Leaving Certificate Examination, 1908
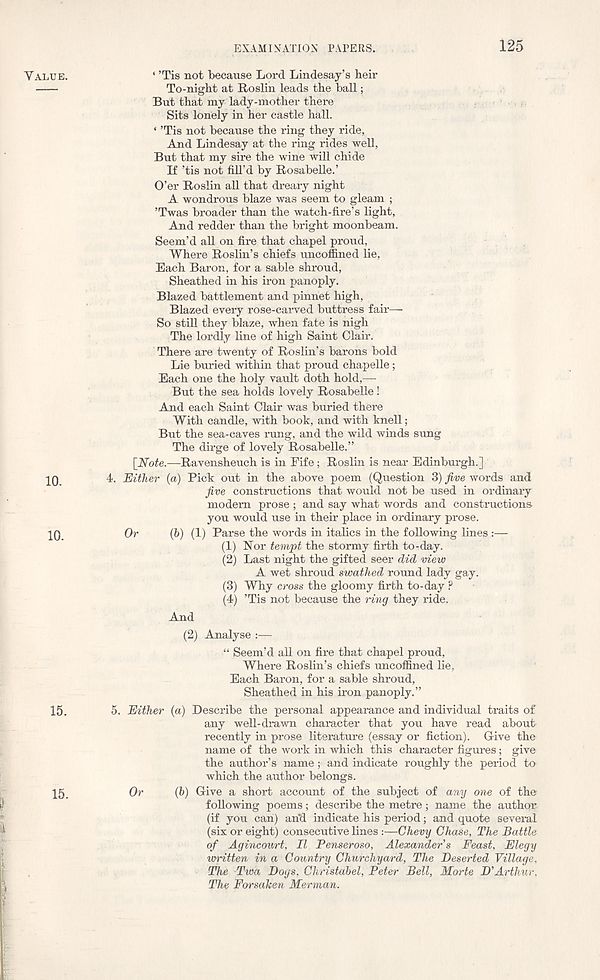
EXAMINATION PATERS.
125
YALUE.
‘ ’Tis not because Lord Lindesay’s heir
To-night at Roslin leads the ball;
But that my lady-mother there
Sits lonely in her castle hall.
‘ ’Tis not because the ring they ride,
And Lindesay at the ring rides well,
But that my sire the wine will chide
If ’tis not fill’d by Rosabelle.’
O’er Roslin all that dreary night
A wondrous blaze was seem to gleam ;
’Twas broader than the watch-fire’s light.
And redder than the bright moonbeam.
Seem’d all on fire that chapel proud,
Where Roslin’s chiefs uncoffined lie,
Each Baron, for a sable shroud,
Sheathed in his iron panoply.
Blazed battlement and pinnet high,
Blazed every rose-carved buttress fair—
So still they blaze, when fate is nigh
The lordly line of high Saint Clair.
There are twenty of Roslin’s barons bold
Lie buried within that proud chapelle;
Each one the holy vault doth hold,—
But the sea holds lovely Rosabelle !
And each Saint Clair was buried there
With candle, with book, and with knell;
But the sea-caves rung, and the wild winds sung
The dirge of lovely Rosabelle.”
[Note.—Ravensheuch is in Fife; Roslin is near Edinburgh.]
IQ
4. Hither (a) Pick out in the above poem (Question 3) five words and
five constructions that would not be used in ordinary
modem prose ; and say what words and constructions
you would use in their place in ordinary prose.
10
Or
(b) (1) Parse the words in italics in the following lines :—
(1) Nor tempt the stormy firth to-day.
(2) Last night the gifted seer did view
A wet shroud swathed round lady gay.
(3) Why cross the gloomy firth to-day ?
(4) ’Tis not because the ring they ride.
And
(2) Analyse :—
“ Seem’d all on fire that chapel proud.
Where Roslin’s chiefs uncoffined lie,
Each Baron, for a sable shroud,
Sheathed in his iron panoply.”
15.
5. Either (a) Describe the personal appearance and individual traits of
any well-drawn character that you have read about
recently in prose literature (essay or fiction). Give the
name of the work in which this character figures; give
the author’s name ; and indicate roughly the period to
which the author belongs.
15
Or
(b) Give a short account of the subject of any one of the
following poems; describe the metre; name the author
(if you can) arid indicate his period; and quote several
(six or eight) consecutive lines :—Chevy Chase, The Battle
of Agincourt, II Penseroso, Alexander’s Feast, Elegy
written in a Country Churchyard, The Deserted Village,
The Twa Dogs, Christabel, Peter Bell, Morte D’Arthur,
The Forsaken Merman.